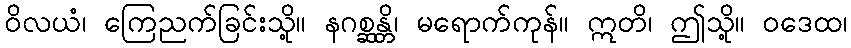
ဝိလယံ၊ ကြေညက်ခြင်းသို့။ နဂစ္ဆန္တိ၊ မရောက်ကုန်။ ဣတိ၊ ဤသို့။ ဝဒေထ၊